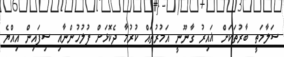
ސަލާމަތީ ބާރުތަކަށް ޣައިރު ގާނޫނީ އަމުރުތައް ކުރުމާ ދެކޮޅަށް ފުލުހުންނާއި ސިފައިން އިއްޔެ